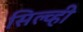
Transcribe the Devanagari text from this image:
सिल्व्ही